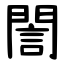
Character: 誾